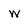
Character: w